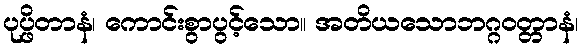
ပုပ္ဖိတာနံ၊ ကောင်းစွာပွင့်သော။ အတိယသောဘဂ္ဂဝတ္တာနံ၊